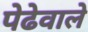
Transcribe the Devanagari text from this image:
पेढेवाले